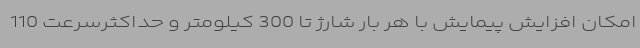
امکان افزایش پیمایش با هر بار شارژ تا 300 کیلومتر و حداکثرسرعت 110